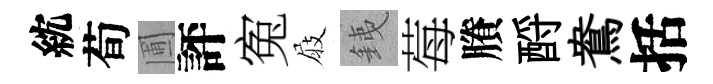
紞荀圃評寃屐銕莓賸酹鴦括